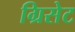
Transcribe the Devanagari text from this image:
ग्रिसेट